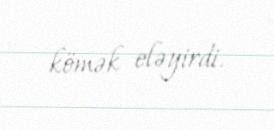
kömək eləyirdi.